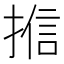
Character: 𭡩